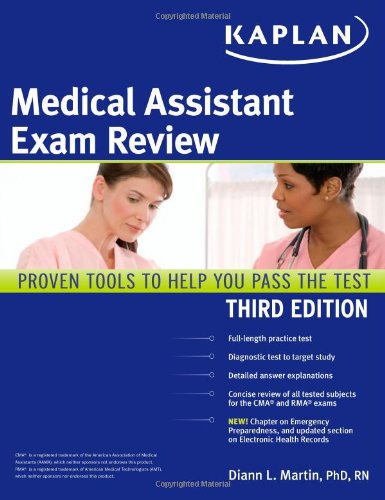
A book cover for Kaplan Medical Assistant Exam Review; Diann L. Martin PhD  RN; Medical Books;